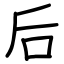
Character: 后